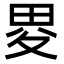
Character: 畟